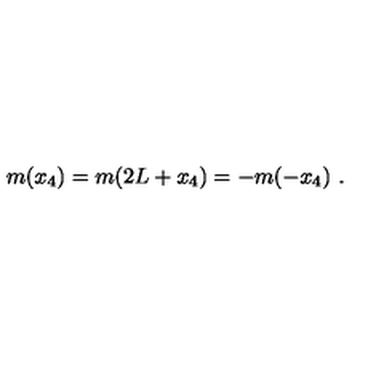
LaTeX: m ( x _ { 4 } ) = m ( 2 L + x _ { 4 } ) = - m ( - x _ { 4 } ) \ .